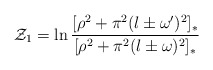
\begin{align*}{\cal Z}_1=\ln\frac{[\rho^2+\pi^2( l\pm\omega')^2]_*}{[\rho^2+\pi^2( l\pm\omega)^2]_*}\end{align*}